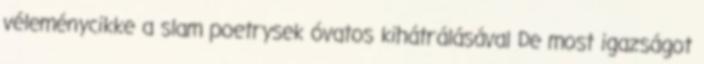
véleménycikke a slam poetrysek óvatos kihátrálásával De most igazságot